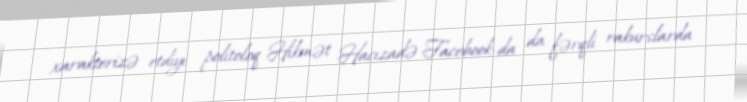
xarakterizə etdiyi politoloq Hikmət Hacızadə Facebook-da da fərqli rakurslarda